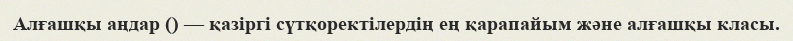
Алғашқы аңдар () — қазіргі сүтқоректілердің ең қарапайым және алғашқы класы.